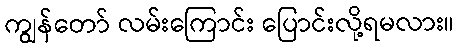
ကျွန်တော် လမ်းကြောင်း ပြောင်းလို့ရမလား။